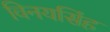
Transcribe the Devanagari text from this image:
विनयसिंह